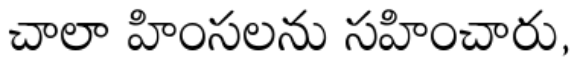
చాలా హింసలను సహించారు,